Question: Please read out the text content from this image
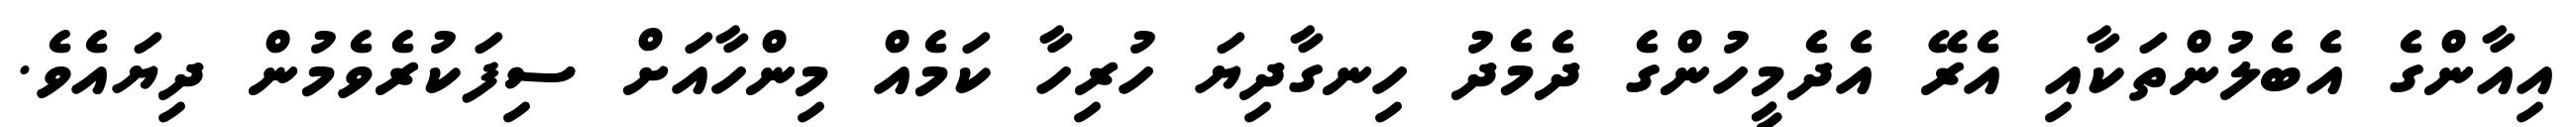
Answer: އިއާންގެ އެބެލުންތަކާއި އެރޭ އެދެމީހުންގެ ދެމެދު ހިނގާދިޔަ ހުރިހާ ކަމެއް މިންހާއަށް ސިފަކުރެވެމުން ދިޔައެވެ.